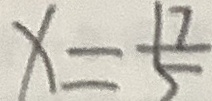
x = \frac { 1 7 } { 5 }